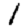
Digit: 1